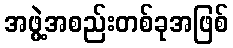
အဖွဲ့အစည်းတစ်ခုအဖြစ်